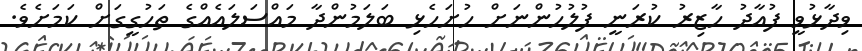
ވިދާޅުވީ ފުއާދު ހާޒިރު ކުރަނީ ފުލުހުންނަށް ހުށަހެޅި ބަލަމުންދާ މައްސަލައެއްގެ ތަހުގީގަށް ކަމަށެވެ.